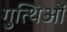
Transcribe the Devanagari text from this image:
गुत्थिओं